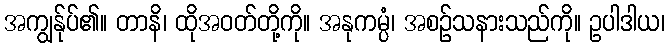
အကျွန်ုပ်၏။ တာနိ၊ ထိုအဝတ်တို့ကို။ အနုကမ္ပံ၊ အစဉ်သနားသည်ကို။ ဥပါဒါယ၊